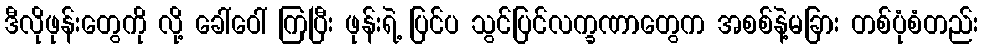
ဒီလိုဖုန်းတွေကို လို့ ခေါ်ဝေါ် ကြပြီး ဖုန်းရဲ့ ပြင်ပ သွင်ပြင်လက္ခဏာတွေက အစစ်နဲ့မခြား တစ်ပုံစံတည်း